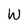
Character: W